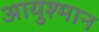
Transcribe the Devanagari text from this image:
आयुश्मान